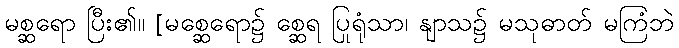
မစ္ဆရော ပြီး၏။ [မစ္ဆေရော၌ စ္ဆေရ ပြုရုံသာ၊ နျာသ၌ မသုဓာတ် မကြံဘဲ